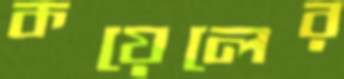
কয়েলের